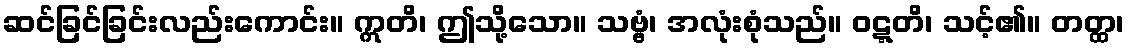
ဆင်ခြင်ခြင်းလည်းကောင်း။ ဣတိ၊ ဤသို့သော။ သဗ္ဗံ၊ အလုံးစုံသည်။ ဝဋ္ဋတိ၊ သင့်၏။ တတ္ထ၊